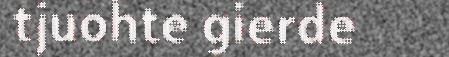
tjuohte gierde